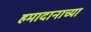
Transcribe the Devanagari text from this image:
हमादानाच्या